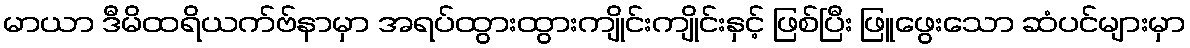
မာယာ ဒီမိထရိယက်ဗ်နာမှာ အရပ်ထွားထွားကျိုင်းကျိုင်းနှင့် ဖြစ်ပြီး ဖြူဖွေးသော ဆံပင်များမှာ